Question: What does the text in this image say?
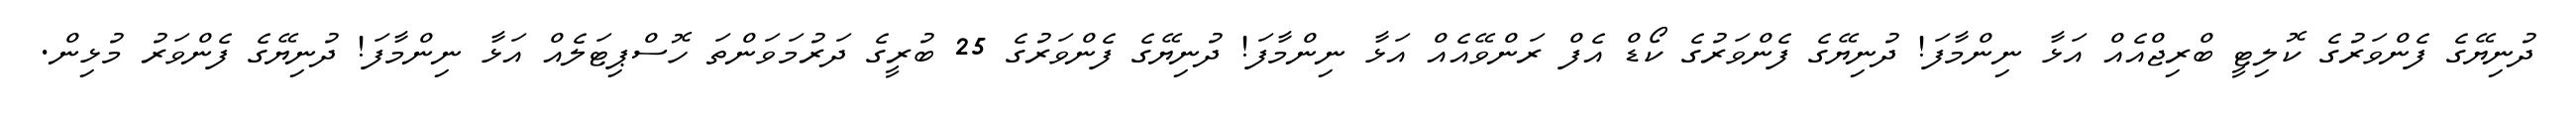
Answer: ދުނިޔޭގެ ފެންވަރުގެ ކޮލިޓީ ބްރިޖްއެއް އަޅާ ނިންމާފަ! ދުނިޔޭގެ ފެންވަރުގެ ކޯޑް އެފް ރަންވޭއެއް އަޅާ ނިންމާފަ! ދުނިޔޭގެ ފެންވަރުގެ 25 ބުރީގެ ދަރުމަވަންތަ ހޮސްޕިޓަލެއް އަޅާ ނިންމާފަ! ދުނިޔޭގެ ފެންވަރު މުޅިން.